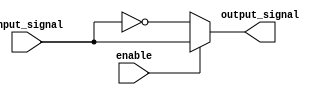
module active_low_buffer (
    input wire input_signal,
    input wire enable,
    output wire output_signal
);

assign output_signal = (enable == 0) ? ~input_signal : input_signal;

endmodule